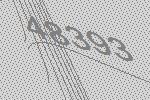
48393